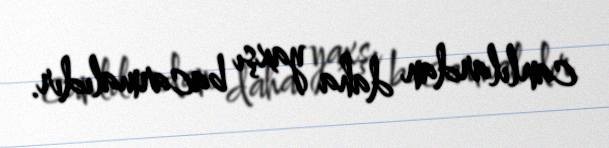
canlılardan daha yaxşı bacarmalıdır.